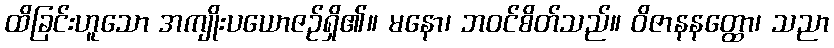
ထိခြင်းဟူသော အကျိုးပယောဇဉ်ရှိ၏။ မနော၊ ဘဝင်စိတ်သည်။ ဝိဇာနနတ္ထော၊ သညာ